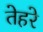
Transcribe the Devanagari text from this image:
तेहरे